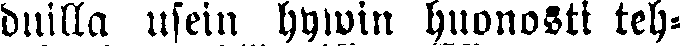
duilla usein hywin huonosti teh-